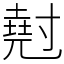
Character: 𡭄